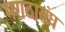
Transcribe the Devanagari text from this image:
मराठासंघ